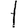
Digit: 1